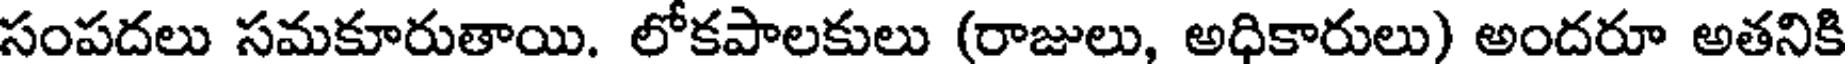
సంపదలు సమకూరుతాయి. లోకపాలకులు (రాజులు, అధికారులు) అందరూ అతనికి